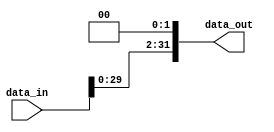
   module shift_left2_32to32(
    input wire [31:0] data_in,
    output wire [31:0] data_out
);

    assign data_out = data_in << 2;

endmodule